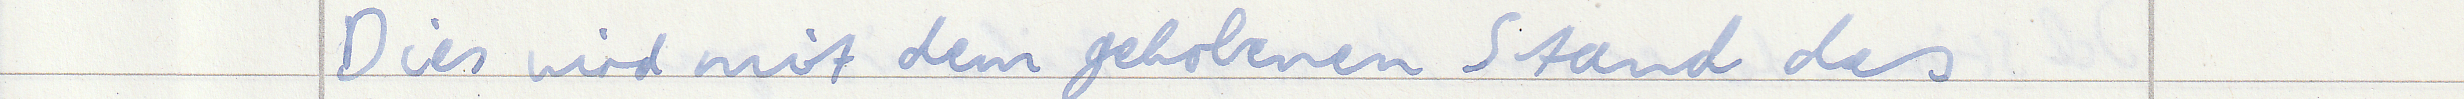
Dies wird mit dem gehobenen Stand des